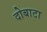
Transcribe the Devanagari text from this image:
दोबाटा